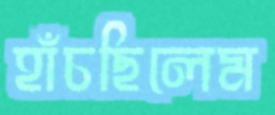
হাঁচছিলেম